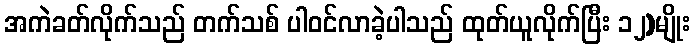
အကဲခတ်လိုက်သည် တက်သစ် ပါဝင်လာခဲ့ပါသည် ထုတ်ယူလိုက်ပြီး ၁၂)မျိုး